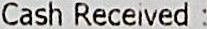
CASH RECEIVED :